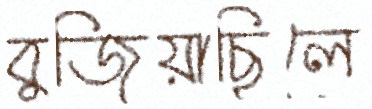
বুজিয়াছিলে